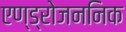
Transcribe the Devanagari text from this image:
एण्ड्रोजननिक